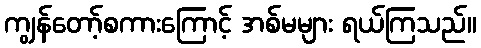
ကျွန်တော့်စကားကြောင့် အစ်မများ ရယ်ကြသည်။